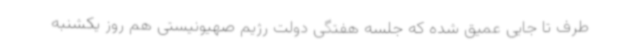
طرف تا جایی عمیق شده که جلسه هفتگی دولت رژیم صهیونیستی هم روز یکشنبه